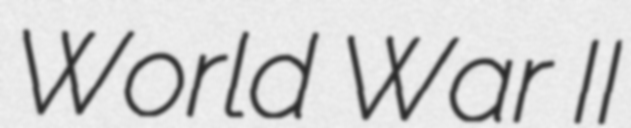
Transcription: World War II